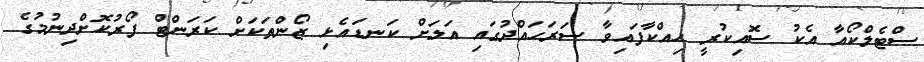
ސްޓެލްކޯއާ އެކު ސޮއިކުރީ ހިއްކާފައިވާ ސަރަހައްދުގައި އަލަށް ކަނޑައެޅި ޒޯންތަކަށް ކަރަންޓް ފޯރުކޮށްދިނުމުގެ